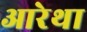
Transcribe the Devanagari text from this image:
आरेथा